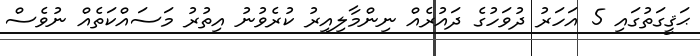
ޙަޤީގަތުގައި 5 އަހަރު ދުވަހުގެ ދައުރެއް ނިންމާލިއިރު ކުރެވުނު އިތުރު މަސައްކަތެއް ނުވެސް